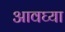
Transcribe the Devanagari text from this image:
आवघ्या